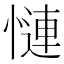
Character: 慩